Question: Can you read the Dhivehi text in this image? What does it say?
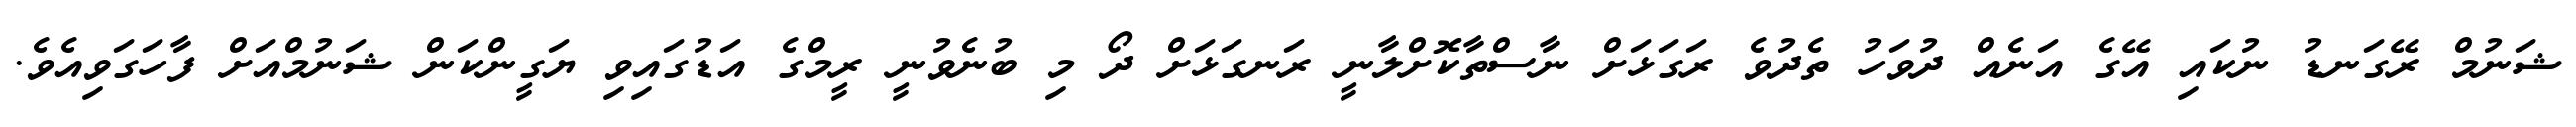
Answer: ޝަނުމް ރޭގަނޑު ނުކައި އޭގެ އަނެއް ދުވަހު ތެދުވެ ރަގަޅަށް ނާސްތާކޮށްލާނީ ރަނގަޅަށް ދޯ މި ބުނެވުނީ ރީމްގެ އަޑުގައިވި ޔަގީންކަން ޝަނުމްއަށް ފާހަގަވިއެވެ.